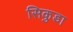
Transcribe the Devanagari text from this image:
सिकुडा